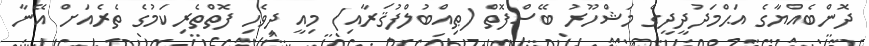
ދޮންބެއްޔާގެ އަޙްމަދުދީދީގެ މަޝްހޫރު ބޭސްފޮތް (ޠިއްބުލްފުޤަރާއި) މިއީ ދިވެހި ފޮތްތެރިކަމުގެ ތެރެއަށް އޭނާ